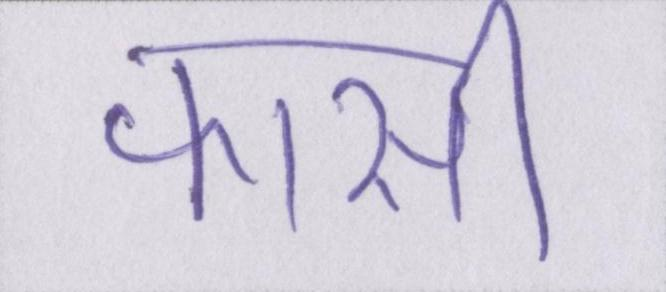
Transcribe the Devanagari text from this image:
फांसी